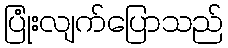
ပြုံးလျက်ပြောသည်